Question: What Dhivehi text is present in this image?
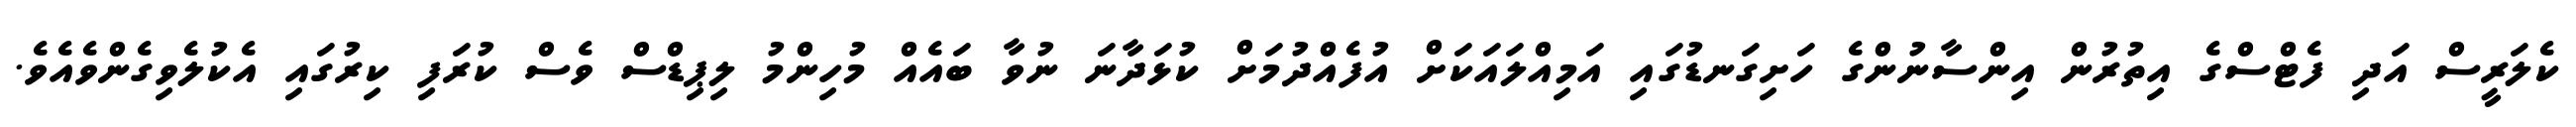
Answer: ކެލަރީސް އަދި ފެޓްސްގެ އިތުރުން އިންސާނުންގެ ހަށިގަނޑުގައި އަމިއްލައަކަށް އުފެއްދުމަށް ކުޅަދާނަ ނުވާ ބައެއް މުހިންމު ލިޕިޑްސް ވެސް ކުރަފި ކިރުގައި އެކުލެވިގެންވެއެވެ.